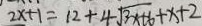
2 x + 1 = 1 2 + 4 \sqrt { 3 x + 6 } + x + 2